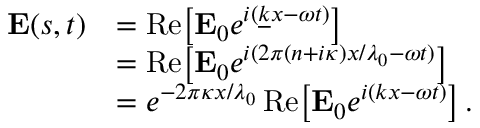
{ \begin{array} { r l } { \mathbf { E } ( s , t ) } & { = \operatorname { R e } \! \left[ \mathbf { E } _ { 0 } e ^ { i ( { \underline { { k } } } x - \omega t ) } \right] } \\ & { = \operatorname { R e } \! \left[ \mathbf { E } _ { 0 } e ^ { i ( 2 \pi ( n + i \kappa ) x / \lambda _ { 0 } - \omega t ) } \right] } \\ & { = e ^ { - 2 \pi \kappa x / \lambda _ { 0 } } \operatorname { R e } \! \left[ \mathbf { E } _ { 0 } e ^ { i ( k x - \omega t ) } \right] . } \end{array} }